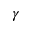
\gamma